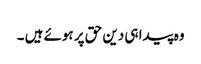
وہ پیدا ہی دین حق پر ہوئے ہیں ۔